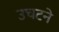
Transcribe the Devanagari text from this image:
उचटने